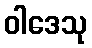
ဝါဒေသု